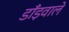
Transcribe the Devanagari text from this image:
डाँड़वाले